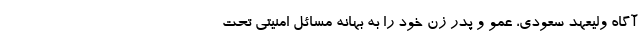
آگاه ولیعهد سعودی، عمو و پدر زن خود را به بهانه مسائل امنیتی تحت